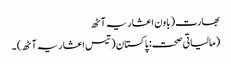
بھارت (باون اعشاریہ آٹھ
(مالیاتی صحت: پاکستان (تیس اعشاریہ آٹھ) ۔